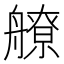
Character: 𦪕